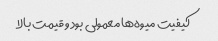
کیفیت میوه‌ها معمولی بود و قیمت بالا